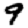
Digit: 9